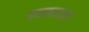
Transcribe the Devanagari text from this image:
पदकवाला